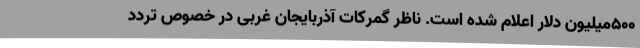
500میلیون دلار اعلام شده است. ناظر گمرکات آذربایجان غربی در خصوص تردد